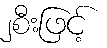
၂စီးဖြင့်